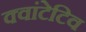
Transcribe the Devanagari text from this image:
क्वांटेटिव